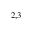
^ { 2 , 3 }